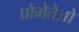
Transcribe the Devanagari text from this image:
प्रोमेतेओ